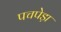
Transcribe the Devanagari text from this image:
पचपेड़ा